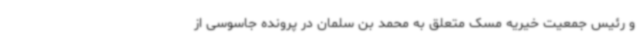
و رئیس جمعیت خیریه مسک متعلق به محمد بن سلمان در پرونده جاسوسی از